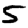
Digit: 5